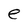
Character: e